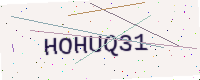
Text: HOHUQ31